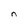
Character: n